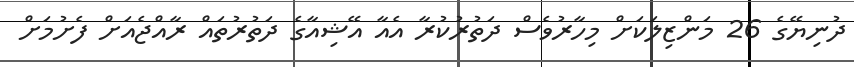
ދުނިޔޭގެ 26 މަންޒިލަކަށް މިހާރުވެސް ދަތުރުކުރާ އެެއާ އޭޝިއާގެ ދަތުރުތައް ރާއްޖެއަށް ފެށުމަށް